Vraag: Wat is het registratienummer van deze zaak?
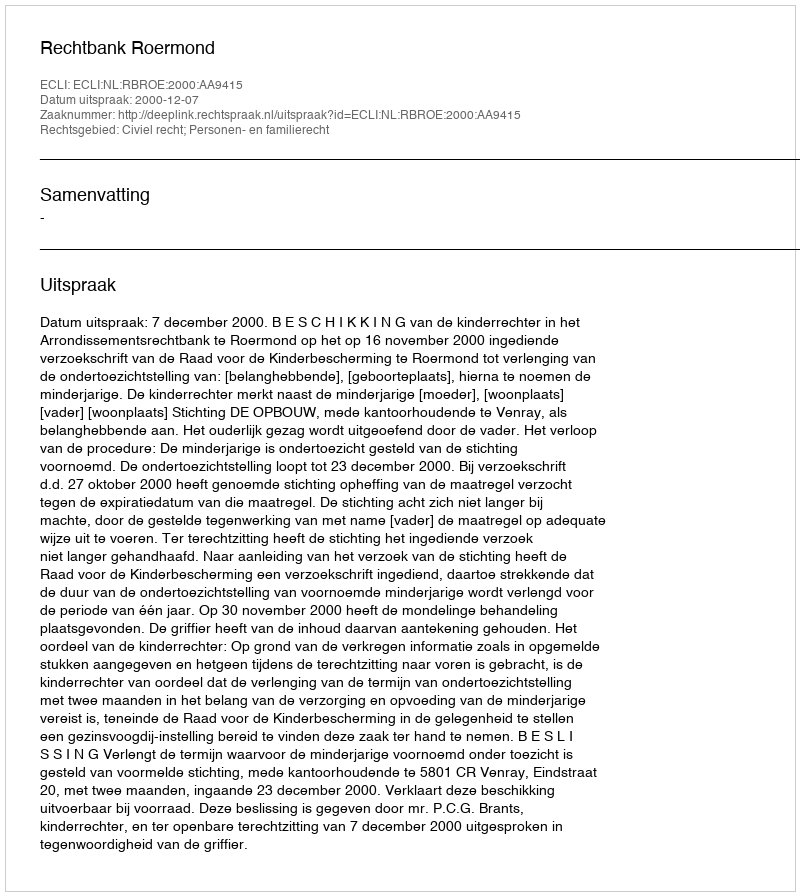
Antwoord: http://deeplink.rechtspraak.nl/uitspraak?id=ECLI:NL:RBROE:2000:AA9415